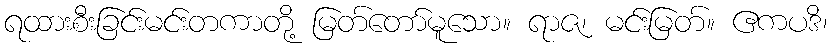
ရထားစီးခြင်းမင်းတကာတို့ မြတ်တော်မူသော။ ရာဇ၊ မင်းမြတ်။ ဧကပဒိ၊